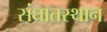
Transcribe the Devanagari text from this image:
संघातस्थान